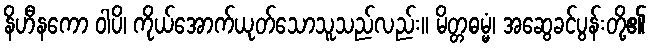
နိဟီနကော ဝါပိ၊ ကိုယ်အောက်ယုတ်သောသူသည်လည်း။ မိတ္တဓမ္မံ၊ အဆွေခင်ပွန်းတို့၏